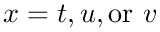
x = t , u , \mathrm { o r } \ v